Civil Veterinary Dept. Bombay admin report 1923-31 - 1923-1931
Year: 1923
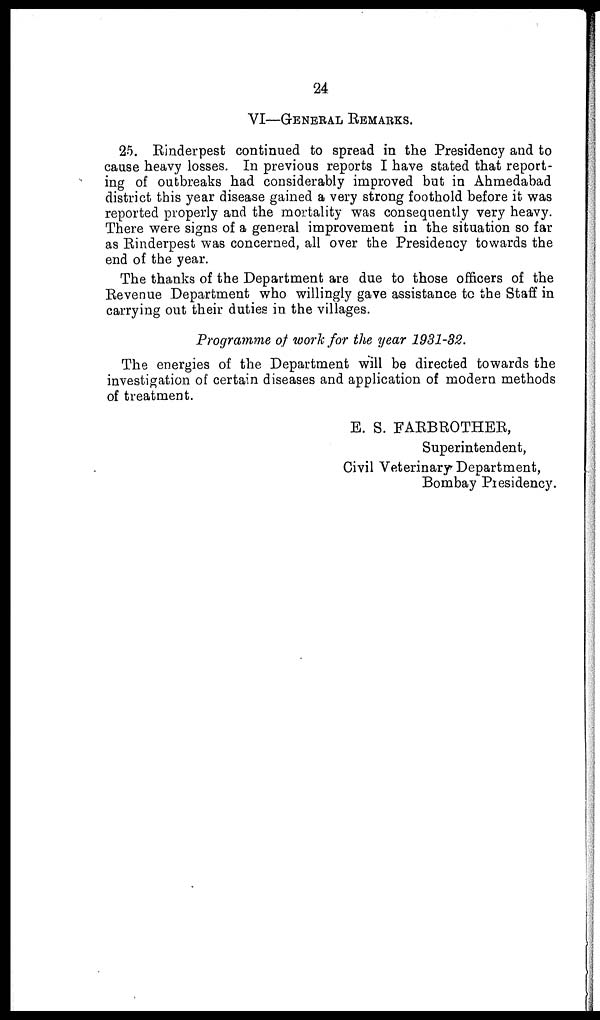
24
VI—GENERAL REMARKS.
25. Rinderpest continued to spread in the Presidency and to
cause heavy losses. In previous reports I have stated that report-
ing of outbreaks had considerably improved but in Ahmedabad
district this year disease gained a very strong foothold before it was
reported properly and the mortality was consequently very heavy.
There were signs of a general improvement in the situation so far
as Rinderpest was concerned, all over the Presidency towards the
end of the year.
The thanks of the Department are due to those officers of the
Revenue Department who willingly gave assistance to the Staff in
carrying out their duties in the villages.
Programme of work for the year 1931-32.
The energies of the Department will be directed towards the
investigation of certain diseases and application of modern methods
of treatment.
E. S. FARBROTHER,
Superintendent,
Civil Veterinary Department,
Bombay Presidency.